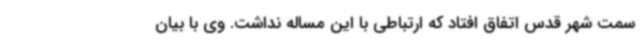
سمت شهر قدس اتفاق افتاد که ارتباطی با این مساله نداشت. وی با بیان